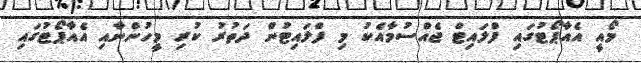
މޯއީ އެއާޕޯޓުގައި ފްލައިޓް ޖެއްސުމާއެކު މި ފްލައިޓުން ދަތުރު ކުރި މީހުންނާއި އެއާޕޯޓުގައި